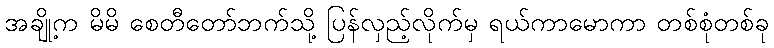
အချို့က မိမိ စေတီတော်ဘက်သို့ ပြန်လှည့်လိုက်မှ ရယ်ကာမောကာ တစ်စုံတစ်ခု